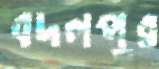
বদলপুর